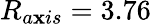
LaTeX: R_{a\mathbf{x}is}=3.76